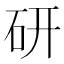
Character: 研